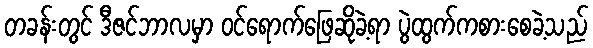
တခန်းတွင် ဒီဇင်ဘာလမှာ ဝင်ရောက်ဖြေဆိုခဲ့ရာ ပွဲထွက်ကစားစေခဲ့သည်